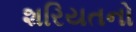
શરિયતનો